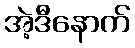
အဲ့ဒီနောက်